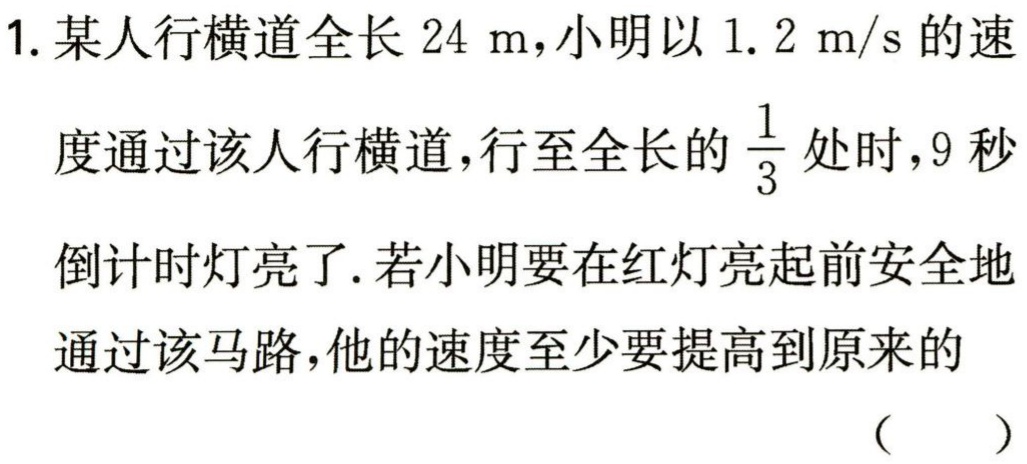
1. 某人行横道全长 \(24\ \text{m}\)，小明以 \(1.2\ \text{m/s}\) 的速度通过该人行横道，行至全长的 \(\frac{1}{3}\) 处时，\(9\) 秒倒计时灯亮了. 若小明要在红灯亮起前安全地通过该马路，他的速度至少要提高到原来的 （  ）